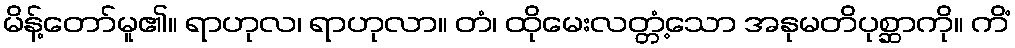
မိန့်တော်မူ၏။ ရာဟုလ၊ ရာဟုလာ။ တံ၊ ထိုမေးလတ္တံ့သော အနုမတိပုစ္ဆာကို။ ကိံ